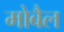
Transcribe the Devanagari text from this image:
मोबैल